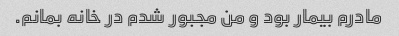
مادرم بیمار بود و من مجبور شدم در خانه بمانم.